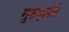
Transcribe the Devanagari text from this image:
गुरूकृपेने